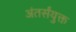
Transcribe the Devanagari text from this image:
अंतर्संयुक्त